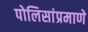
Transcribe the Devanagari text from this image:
पोलिसांप्रमाणे